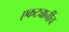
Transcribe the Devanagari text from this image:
एकट्यानींच